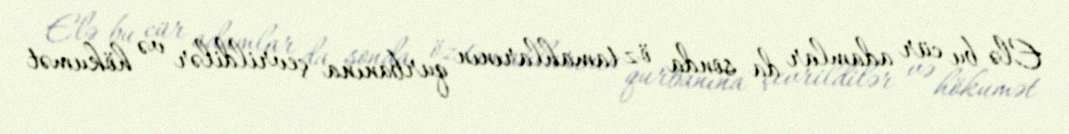
Elə bu cür adamlar da sonda öz tamahlarının qurbanına çevrildilər və hökumət